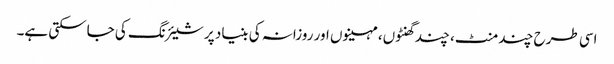
اسی طرح چند منٹ، چند گھنٹوں، مہینوں اور روزانہ کی بنیاد پر شیئرنگ کی جاسکتی ہے۔